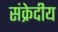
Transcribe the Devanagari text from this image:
संक्रेदीय